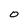
Character: O